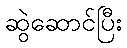
ဆွဲဆောင်ပြီး